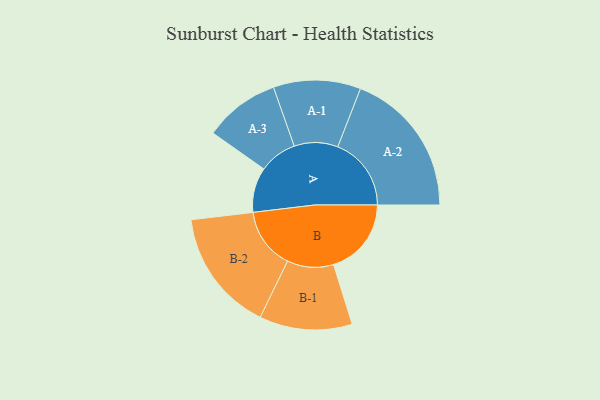
{"axis": {"x": "Segment", "y": "Value"}, "legend": ["", "A", "B"], "data": [{"x": "A", "y": 179, "type": ""}, {"x": "B", "y": 310, "type": ""}, {"x": "A-1", "y": 174, "type": "A"}, {"x": "A-2", "y": 293, "type": "A"}, {"x": "A-3", "y": 151, "type": "A"}, {"x": "B-1", "y": 185, "type": "B"}, {"x": "B-2", "y": 244, "type": "B"}]}